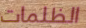
الظلمات